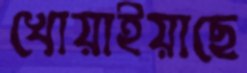
খোয়াইয়াছে